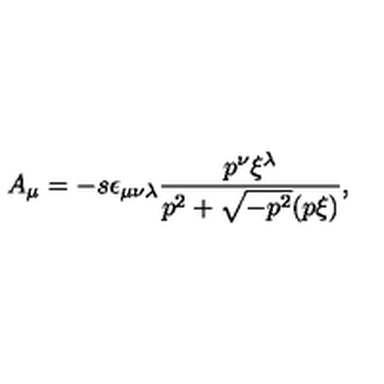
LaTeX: A _ { \mu } = - s \epsilon _ { \mu \nu \lambda } \frac { p ^ { \nu } \xi ^ { \lambda } } { p ^ { 2 } + \sqrt { - p ^ { 2 } } ( p \xi ) } ,